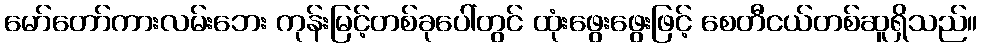
မော်တော်ကားလမ်းဘေး ကုန်းမြင့်တစ်ခုပေါ်တွင် ထုံးဖွေးဖွေးဖြင့် စေတီငယ်တစ်ဆူရှိသည်။